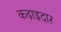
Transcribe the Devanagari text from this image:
कढ़ाइदार